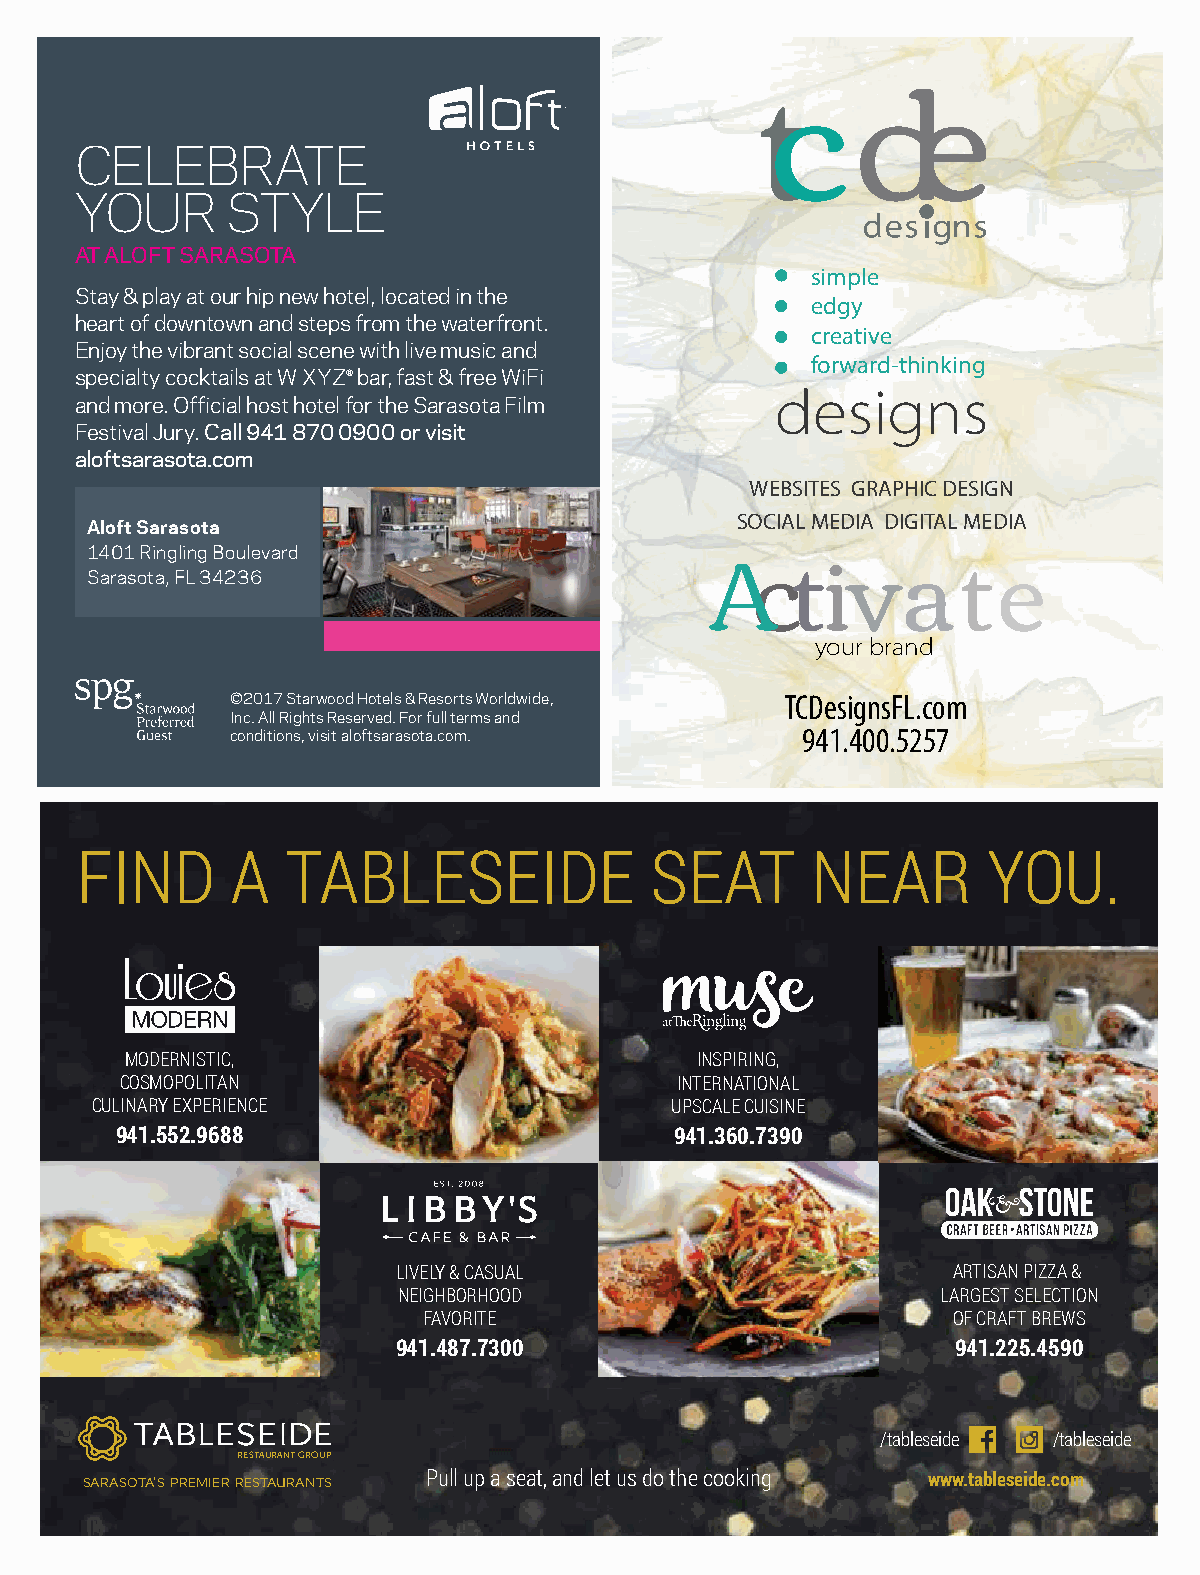
CELEBRATE
 YOUR      STYLE
 AT ALOFT SARASOTA
 simple
 Stay & play at our hip new hotel, located in the
 edgy
 heart of downtown and steps from the waterfront.
 creative
 Enjoy the vibrant social scene with live music and
 forward-thinking
 specialty cocktails at W XYZ® bar, fast & free WiFi
 designs
 and more. Official host hotel for the Sarasota Film
 Festival Jury. Call 941 870 0900 or visit
 aloftsarasota.com
 WEBSITES GRAPHIC DESIGN
 SOCIAL MEDIA DIGITAL MEDIA
 Aloft Sarasota
 1401 Ringling Boulevard
 Activate
 Sarasota, FL 34236
 your brand
 ©2017 Starwood Hotels & Resorts Worldwide, TCDesignsFL.com
 Inc. All Rights Reserved. For full terms and
 conditions, visit aloftsarasota.com.  941.400.5257
 FIND      A   TABLESEIDE              SEAT       NEAR       YOU.
 MODERNISTIC,                          INSPIRING,
 COSMOPOLITAN                         INTERNATIONAL
 CULINARY EXPERIENCE                   UPSCALE CUISINE
 941.552.9688                         941.360.7390
 LIVELY & CASUAL                      ARTISAN PIZZA &
 NEIGHBORHOOD                        LARGEST SELECTION
 FAVORITE                           OF CRAFT BREWS
 941.487.7300                         941.225.4590
 /tableseide /tableseide
 RESTAURANT GROUP
 SARASOTA’S PREMIER RESTAURANTS Pull up a seat, and let us do the cooking www.tableseide.com